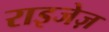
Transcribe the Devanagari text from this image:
राइजेज़